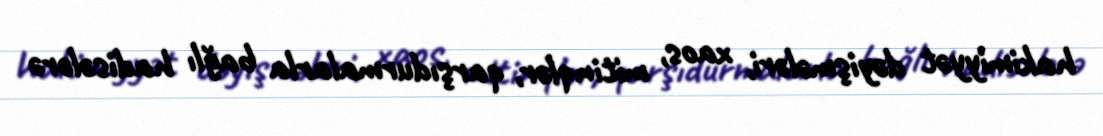
hakimiyyət dəyişmələri, xaos, mitinqlər, qarşıdurmalarla bağlı hadisələrə